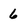
Character: 6